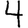
Digit: 4